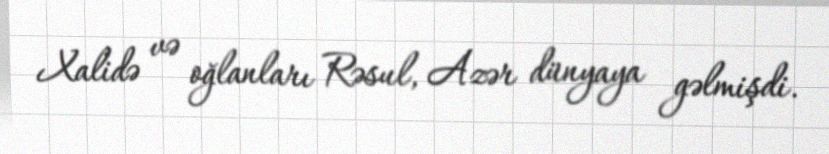
Xalidə və oğlanları Rəsul, Azər dünyaya gəlmişdi.